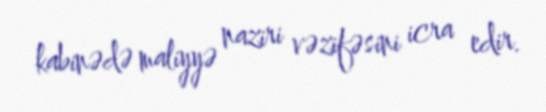
kabinədə maliyyə naziri vəzifəsini icra edir.